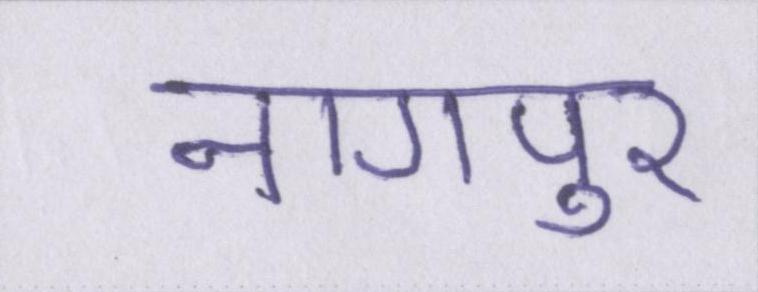
नागपुर